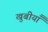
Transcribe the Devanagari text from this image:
खुबीयाँ